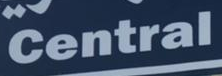
Central